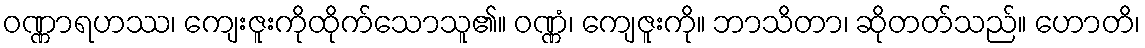
ဝဏ္ဏာရဟဿ၊ ကျေးဇူးကိုထိုက်သောသူ၏။ ဝဏ္ဏံ၊ ကျေဇူးကို။ ဘာသိတာ၊ ဆိုတတ်သည်။ ဟောတိ၊